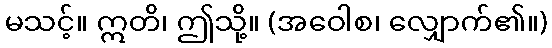
မသင့်။ ဣတိ၊ ဤသို့။ (အဝေါစ၊ လျှောက်၏။)